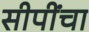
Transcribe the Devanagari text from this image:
सीपींचा